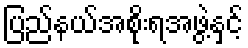
ပြည်နယ်အစိုးရအဖွဲ့နှင့်